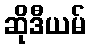
ဆိုဒီယမ်